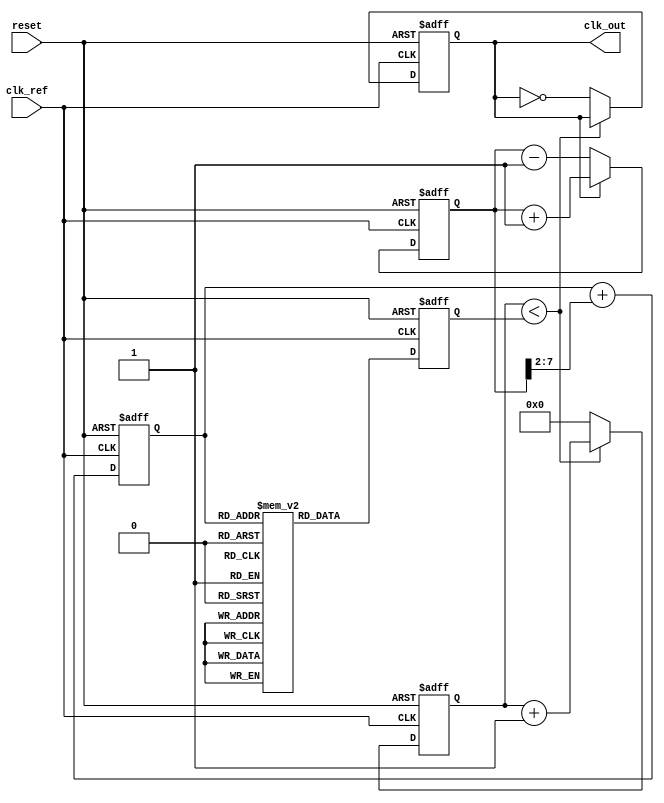
module ADPLL (
    input wire clk_ref,         // Reference clock input
    input wire reset,           // Asynchronous reset
    output reg clk_out          // Output clock
);

    // Parameters for the design
    parameter N = 8;            // Number of bits for control signal
    parameter MEMORY_SIZE = 256; // Size of the memory block

    // Internal signals
    reg [N-1:0] control_signal; // Control signal from loop filter
    reg [N-1:0] phase_error;     // Phase error signal
    reg [N-1:0] frequency_memory [0:MEMORY_SIZE-1]; // Frequency memory block
    reg [N-1:0] dco_counter;     // DCO counter for generating output clock
    reg [N-1:0] dco_frequency;   // DCO frequency control

    // Phase Detector (PD)
    always @(posedge clk_ref or posedge reset) begin
        if (reset) begin
            phase_error <= 0;
        end else begin
            // Simple phase detection logic (PFD)
            // Compare reference clock with output clock
            if (clk_out) begin
                phase_error <= phase_error + 1; // Output clock is leading
            end else begin
                phase_error <= phase_error - 1; // Output clock is lagging
            end
        end
    end

    // Loop Filter (LF)
    always @(posedge clk_ref or posedge reset) begin
        if (reset) begin
            control_signal <= 0;
        end else begin
            // Simple low-pass filter implementation
            control_signal <= control_signal + (phase_error >> 2); // Adjust gain as needed
        end
    end

    // Memory Block (Frequency Synthesizer)
    initial begin
        // Pre-load frequency values (example values)
        frequency_memory[0] = 8'h00; // Frequency value for control 0
        frequency_memory[1] = 8'h01; // Frequency value for control 1
        // ... (fill in other values as needed)
        frequency_memory[MEMORY_SIZE-1] = 8'hFF; // Frequency value for control max
    end

    // Digital Controlled Oscillator (DCO)
    always @(posedge clk_ref or posedge reset) begin
        if (reset) begin
            dco_counter <= 0;
            dco_frequency <= 0;
            clk_out <= 0;
        end else begin
            // Update DCO frequency based on control signal
            dco_frequency <= frequency_memory[control_signal];

            // Generate output clock based on DCO frequency
            if (dco_counter < dco_frequency) begin
                dco_counter <= dco_counter + 1;
            end else begin
                clk_out <= ~clk_out; // Toggle output clock
                dco_counter <= 0; // Reset counter
            end
        end
    end

endmodule